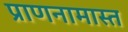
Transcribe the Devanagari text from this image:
प्राणनामास्त